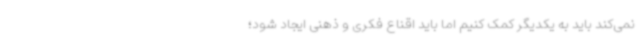
نمی‌کند باید به یکدیگر کمک کنیم اما باید اقناع فکری و ذهنی ایجاد شود؛